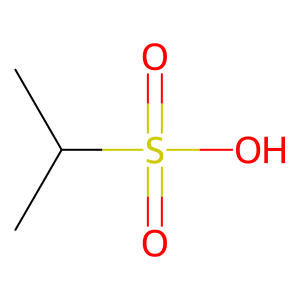
SMILES: CC(C)S(=O)(=O)O
Inhibits HIV replication: No